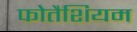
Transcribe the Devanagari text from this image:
फोतैशियम